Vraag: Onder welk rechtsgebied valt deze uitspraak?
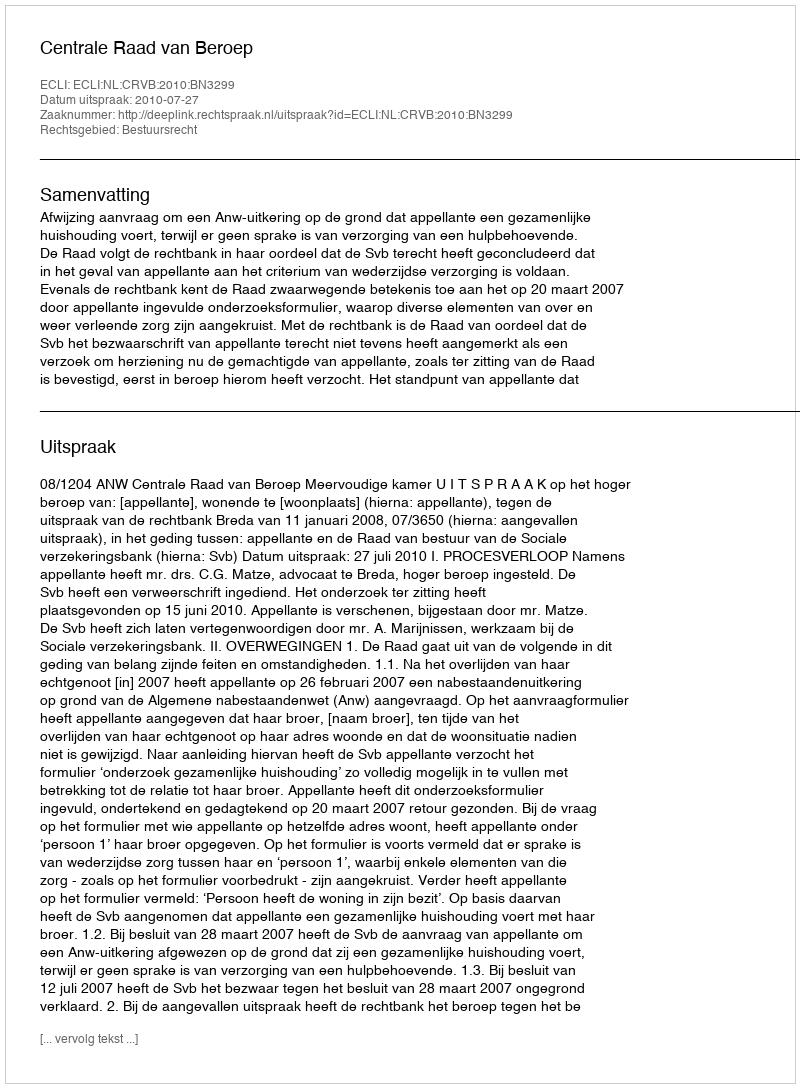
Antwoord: Bestuursrecht